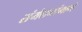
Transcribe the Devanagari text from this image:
संमेलनांमागे